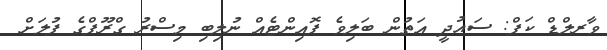
ވާރލްޑް ކަޕް: ސައުދީ އަތުން ބަލިވެ ޕޮއިންޓެއް ނުލިބި މިސްރު ގްރޫޕްގެ ފުލަށް